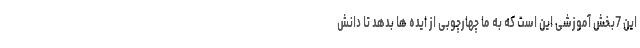
این 7بخش آموزشی این است که به ما چهارچوبی از ایده ها بدهد تا دانش